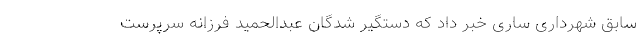
سابق شهرداری ساری خبر داد که دستگیر شدگان عبدالحمید فرزانه سرپرست